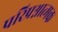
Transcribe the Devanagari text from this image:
परिप्रश्नात्मक